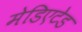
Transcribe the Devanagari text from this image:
मेडिएटेड